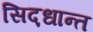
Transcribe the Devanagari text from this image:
सिद़धान्‍त